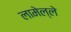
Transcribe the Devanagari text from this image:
लामेल्ले